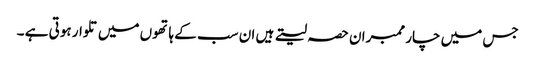
جس میں چار ممبران حصہ لیتے ہیں ان سب کے ہاتھوں میں تلوار ہوتی ہے ۔